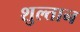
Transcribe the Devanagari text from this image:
शुल्तान